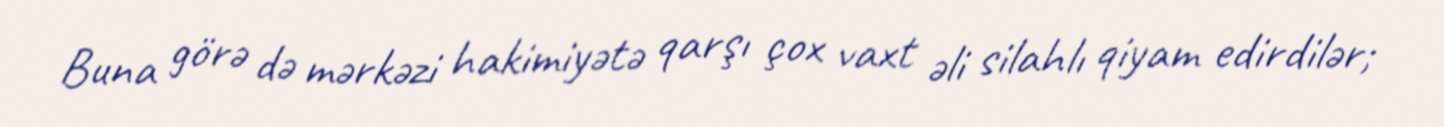
Buna görə də mərkəzi hakimiyətə qarşı çox vaxt əli silahlı qiyam edirdilər;